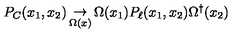
P _ { C } ( x _ { 1 } , x _ { 2 } ) \mathop \to _ { \Omega ( x ) } \Omega ( x _ { 1 } ) P _ { \ell } ( x _ { 1 } , x _ { 2 } ) \Omega ^ { \dagger } ( x _ { 2 } )